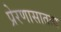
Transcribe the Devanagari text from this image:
प्रेरणासातत्य